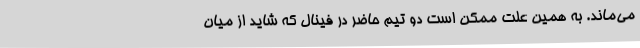
می‌ماند. به همین علت ممکن است دو تیم حاضر در فینال که شاید از میان